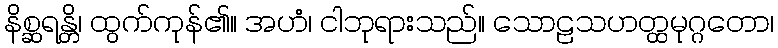
နိစ္ဆရန္တိ၊ ထွက်ကုန်၏။ အဟံ၊ ငါဘုရားသည်။ သောဠသဟတ္ထမုဂ္ဂတော၊